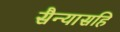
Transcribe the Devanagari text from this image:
सैन्यासहि